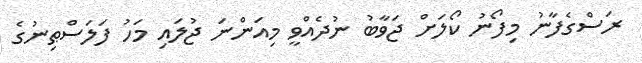
ރަސްގެފާނު މިފޯނު ކޯލަށް ޖަވާބު ނުދެއްވީ މިއަންނަ ޖުލައި މަހު ފަލަސްޠިނުގެ